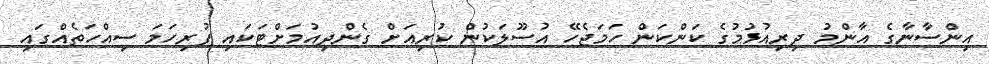
އިންސާނާގެ އާންމު ދިރިއުޅުމުގެ ކަންކަން ހަމަޖެހޭ އުސޫލަކުން ކުރިއަށް ގެންދިއުމަށްޓަކައި ފުރިހަމަ ސިއްހަތެއްގައި